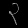
Digit: ၃